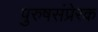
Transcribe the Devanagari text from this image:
पुरुषसंप्रेरक